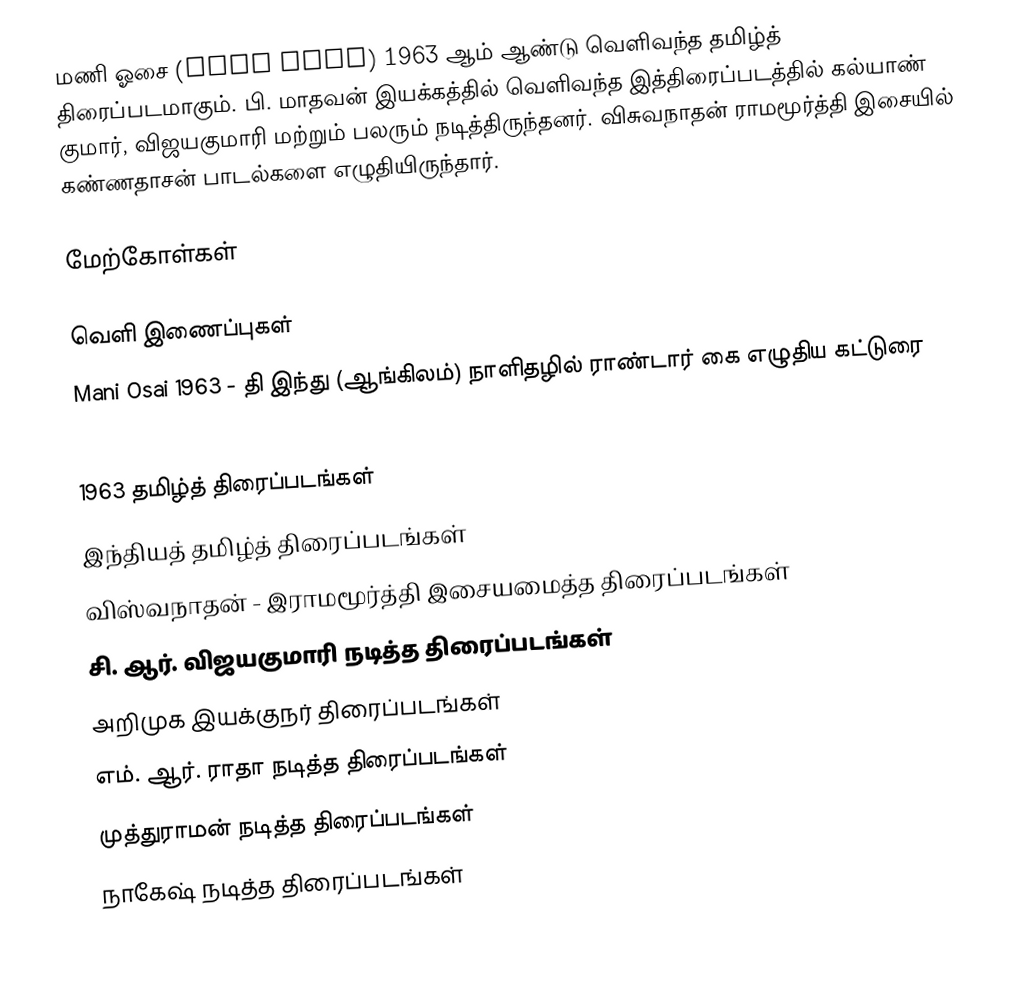
மணி ஓசை (Mani Osai) 1963 ஆம் ஆண்டு வெளிவந்த தமிழ்த் திரைப்படமாகும். பி. மாதவன் இயக்கத்தில் வெளிவந்த இத்திரைப்படத்தில் கல்யாண் குமார், விஜயகுமாரி மற்றும் பலரும் நடித்திருந்தனர். விசுவநாதன் ராமமூர்த்தி இசையில் கண்ணதாசன் பாடல்களை எழுதியிருந்தார்.

மேற்கோள்கள்

வெளி இணைப்புகள்
Mani Osai 1963 - தி இந்து (ஆங்கிலம்) நாளிதழில் ராண்டார் கை எழுதிய கட்டுரை

1963 தமிழ்த் திரைப்படங்கள்
இந்தியத் தமிழ்த் திரைப்படங்கள்
விஸ்வநாதன் - இராமமூர்த்தி இசையமைத்த திரைப்படங்கள்
சி. ஆர். விஜயகுமாரி நடித்த திரைப்படங்கள்
அறிமுக இயக்குநர் திரைப்படங்கள்
எம். ஆர். ராதா நடித்த திரைப்படங்கள்
முத்துராமன் நடித்த திரைப்படங்கள்
நாகேஷ் நடித்த திரைப்படங்கள்